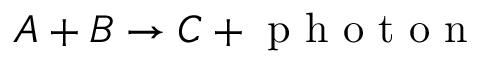
A + B \to C + \mathrm { ~ p ~ h ~ o ~ t ~ o ~ n ~ }